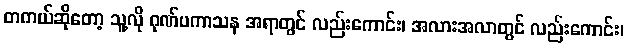
တကယ်ဆိုတော့ သူ့လို ဂုဏ်ပကာသန အရာတွင် လည်းကောင်း၊ အလားအလာတွင် လည်းကောင်း၊